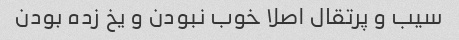
سیب و پرتقال اصلا خوب نبودن و یخ زده بودن